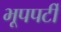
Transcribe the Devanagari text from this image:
भूपपर्टी